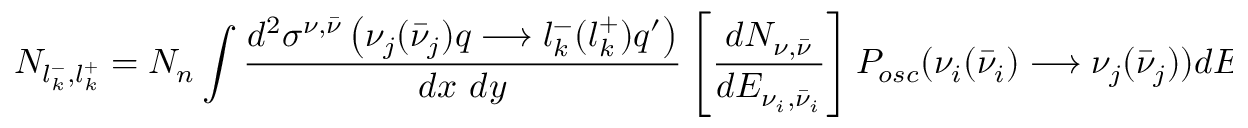
{ \cal N } _ { l _ { k } ^ { - } , l _ { k } ^ { + } } = { \cal N } _ { n } \int { { \frac { { d ^ { 2 } \sigma ^ { \nu , { \bar { \nu } } } } \left( \nu _ { j } ( \bar { \nu } _ { j } ) q \longrightarrow l _ { k } ^ { - } ( l _ { k } ^ { + } ) q ^ { \prime } \right) } { d x ~ d y } } } \left[ { \frac { d N _ { \nu , \bar { \nu } } } { d E _ { \nu _ { i } , \bar { \nu } _ { i } } } } \right] { \cal P } _ { o s c } ( \nu _ { i } ( \bar { \nu } _ { i } ) \longrightarrow \nu _ { j } ( \bar { \nu } _ { j } ) ) d E _ { \nu _ { i } ( \bar { \nu } _ { i } ) } \, q ( x ) \, ~ d x ~ d y